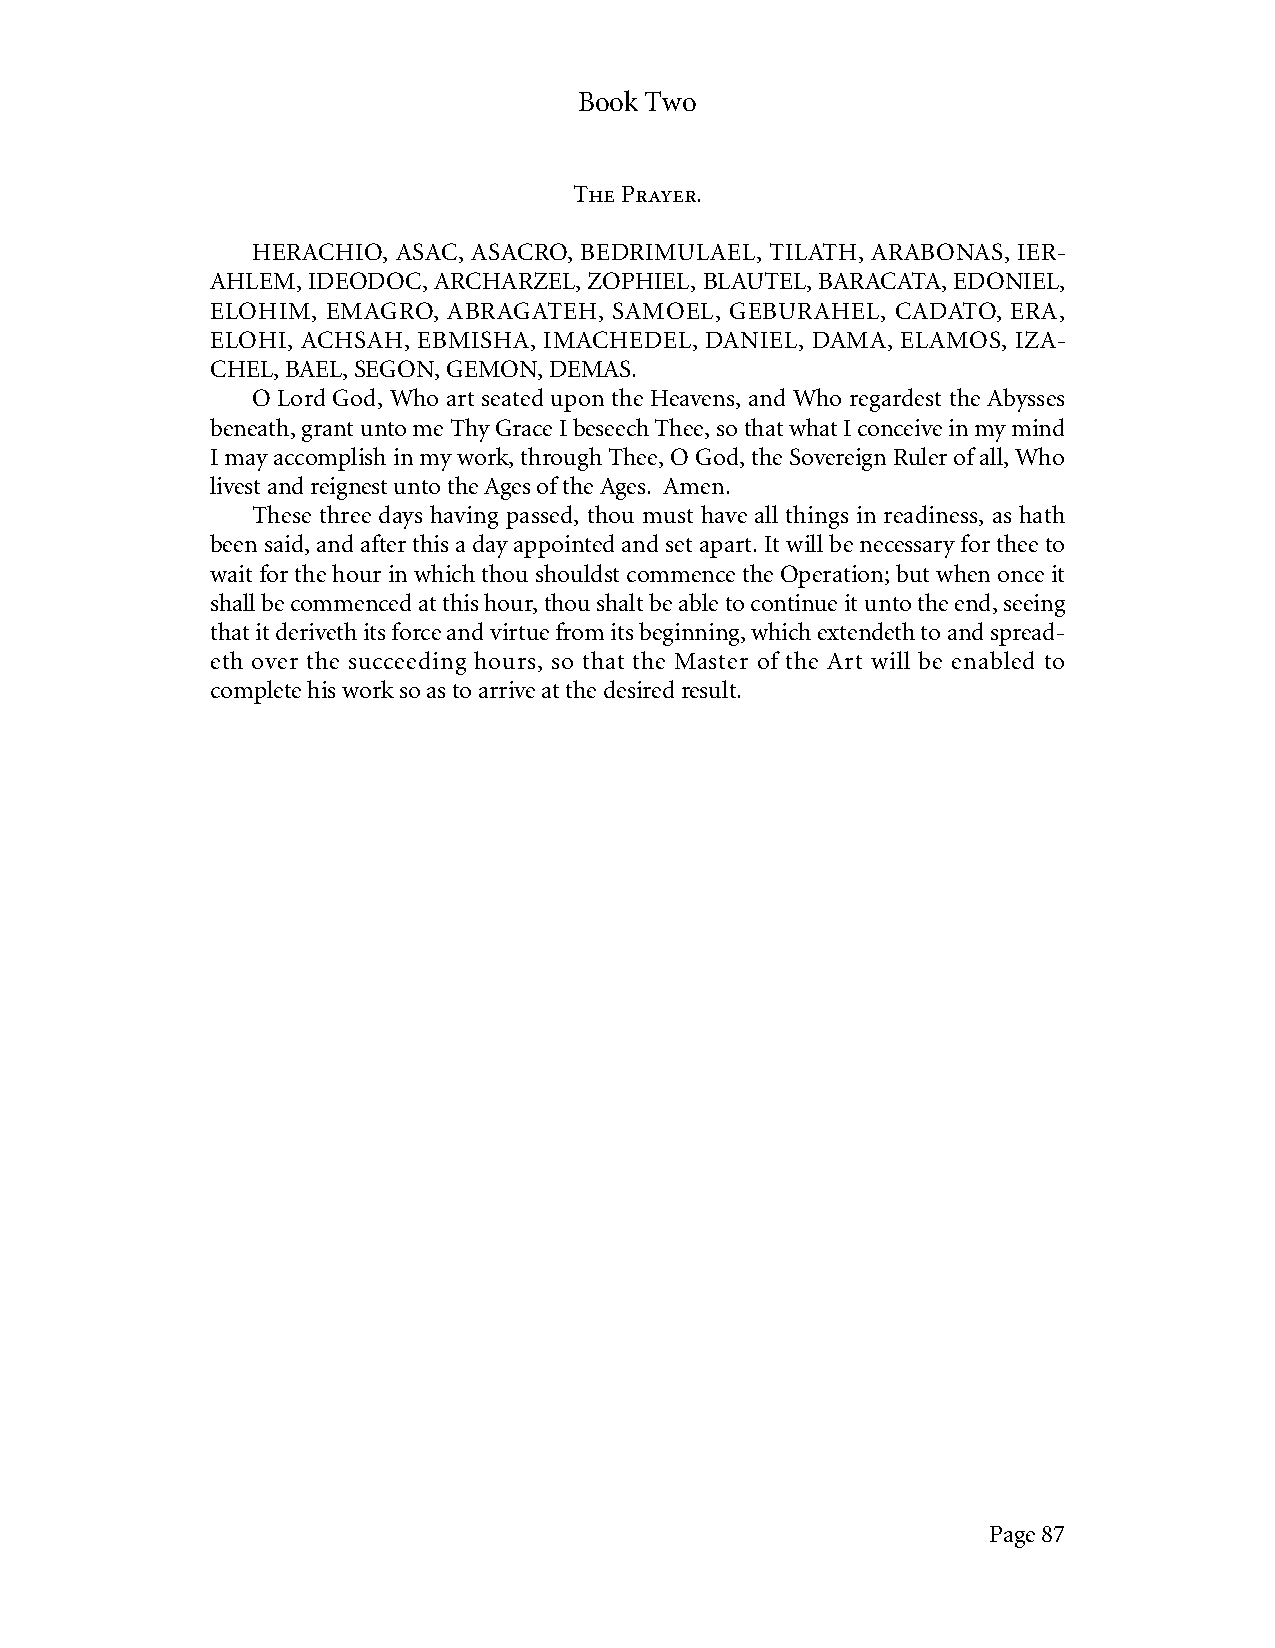
Book Two
 The Prayer.
 HERACHIO, ASAC, ASACRO, BEDRIMULAEL, TILATH, ARABONAS, IER-
 AHLEM, IDEODOC, ARCHARZEL, ZOPHIEL, BLAUTEL, BARACATA, EDONIEL,
 ELOHIM, EMAGRO, ABRAGATEH, SAMOEL, GEBURAHEL, CADATO, ERA,
 ELOHI, ACHSAH, EBMISHA, IMACHEDEL, DANIEL, DAMA, ELAMOS, IZA-
 CHEL, BAEL, SEGON, GEMON, DEMAS.
 O Lord God, Who art seated upon the Heavens, and Who regardest the Abysses
 beneath, grant unto me Thy Grace I beseech Thee, so that what I conceive in my mind
 I may accomplish in my work, through Thee, O God, the Sovereign Ruler of all, Who
 livest and reignest unto the Ages of the Ages. Amen.
 These three days having passed, thou must have all things in readiness, as hath
 been said, and after this a day appointed and set apart. It will be necessary for thee to
 wait for the hour in which thou shouldst commence the Operation; but when once it
 shall be commenced at this hour, thou shalt be able to continue it unto the end, seeing
 that it deriveth its force and virtue from its beginning, which extendeth to and spread-
 eth over the succeeding hours, so that the Master of the Art will be enabled to
 complete his work so as to arrive at the desired result.
 Page 87